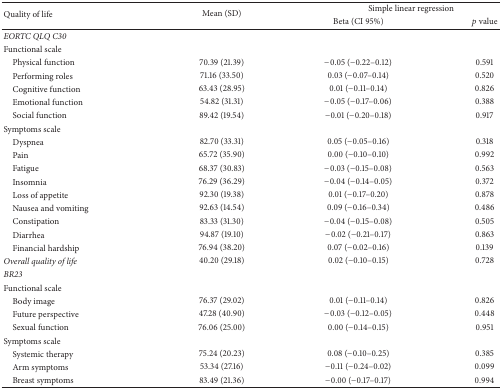
<table><thead><tr><td rowspan="2"><b>Quality of life</b></td><td rowspan="2"><b>Mean (SD)</b></td><td colspan="2"><b>Simple linear regression</b></td></tr><tr><td><b>Beta (CI 95%)</b></td><td><b><i>p</i> value</b></td></tr></thead><tbody><tr><td><i>EORTC QLQ C30</i></td><td> </td><td> </td><td> </td></tr><tr><td>Functional scale</td><td> </td><td> </td><td> </td></tr><tr><td> Physical function</td><td>70.39 (21.39)</td><td>−0.05 (−0.22–0.12)</td><td>0.591</td></tr><tr><td> Performing roles</td><td>71.16 (33.50)</td><td>0.03 (−0.07–0.14)</td><td>0.520</td></tr><tr><td> Cognitive function</td><td>63.43 (28.95)</td><td>0.01 (−0.11–0.14)</td><td>0.826</td></tr><tr><td> Emotional function</td><td>54.82 (31.31)</td><td>−0.05 (−0.17–0.06)</td><td>0.388</td></tr><tr><td> Social function</td><td>89.42 (19.54)</td><td>−0.01 (−0.20–0.18)</td><td>0.917</td></tr><tr><td>Symptoms scale</td><td> </td><td> </td><td> </td></tr><tr><td> Dyspnea</td><td>82.70 (33.31)</td><td>0.05 (−0.05–0.16)</td><td>0.318</td></tr><tr><td> Pain </td><td>65.72 (35.90)</td><td>0.00 (−0.10–0.10)</td><td>0.992</td></tr><tr><td> Fatigue</td><td>68.37 (30.83)</td><td>−0.03 (−0.15–0.08)</td><td>0.563</td></tr><tr><td> Insomnia</td><td>76.29 (36.29)</td><td>−0.04 (−0.14–0.05)</td><td>0.372</td></tr><tr><td> Loss of appetite</td><td>92.30 (19.38)</td><td>0.01 (−0.17–0.20)</td><td>0.878</td></tr><tr><td> Nausea and vomiting</td><td>92.63 (14.54)</td><td>0.09 (−0.16–0.34)</td><td>0.486</td></tr><tr><td> Constipation</td><td>83.33 (31.30)</td><td>−0.04 (−0.15–0.08)</td><td>0.505</td></tr><tr><td> Diarrhea</td><td>94.87 (19.10)</td><td>−0.02 (−0.21–0.17)</td><td>0.863</td></tr><tr><td> Financial hardship</td><td>76.94 (38.20)</td><td>0.07 (−0.02–0.16)</td><td>0.139</td></tr><tr><td><i>Overall quality of life</i></td><td>40.20 (29.18)</td><td>0.02 (−0.10–0.15)</td><td>0.728</td></tr><tr><td><i>BR23</i></td><td> </td><td> </td><td> </td></tr><tr><td>Functional scale</td><td> </td><td> </td><td> </td></tr><tr><td> Body image</td><td>76.37 (29.02)</td><td>0.01 (−0.11–0.14)</td><td>0.826</td></tr><tr><td> Future perspective</td><td>47.28 (40.90)</td><td>−0.03 (−0.12–0.05)</td><td>0.448</td></tr><tr><td> Sexual function</td><td>76.06 (25.00)</td><td>0.00 (−0.14–0.15)</td><td>0.951</td></tr><tr><td>Symptoms scale</td><td> </td><td> </td><td> </td></tr><tr><td> Systemic therapy</td><td>75.24 (20.23)</td><td>0.08 (−0.10–0.25)</td><td>0.385</td></tr><tr><td> Arm symptoms</td><td>53.34 (27.16)</td><td>−0.11 (−0.24–0.02)</td><td>0.099</td></tr><tr><td> Breast symptoms</td><td>83.49 (21.36)</td><td>−0.00 (−0.17–0.17)</td><td>0.994</td></tr></tbody></table>